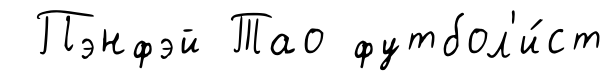
Пэнфэй Тао футбол'и́ст